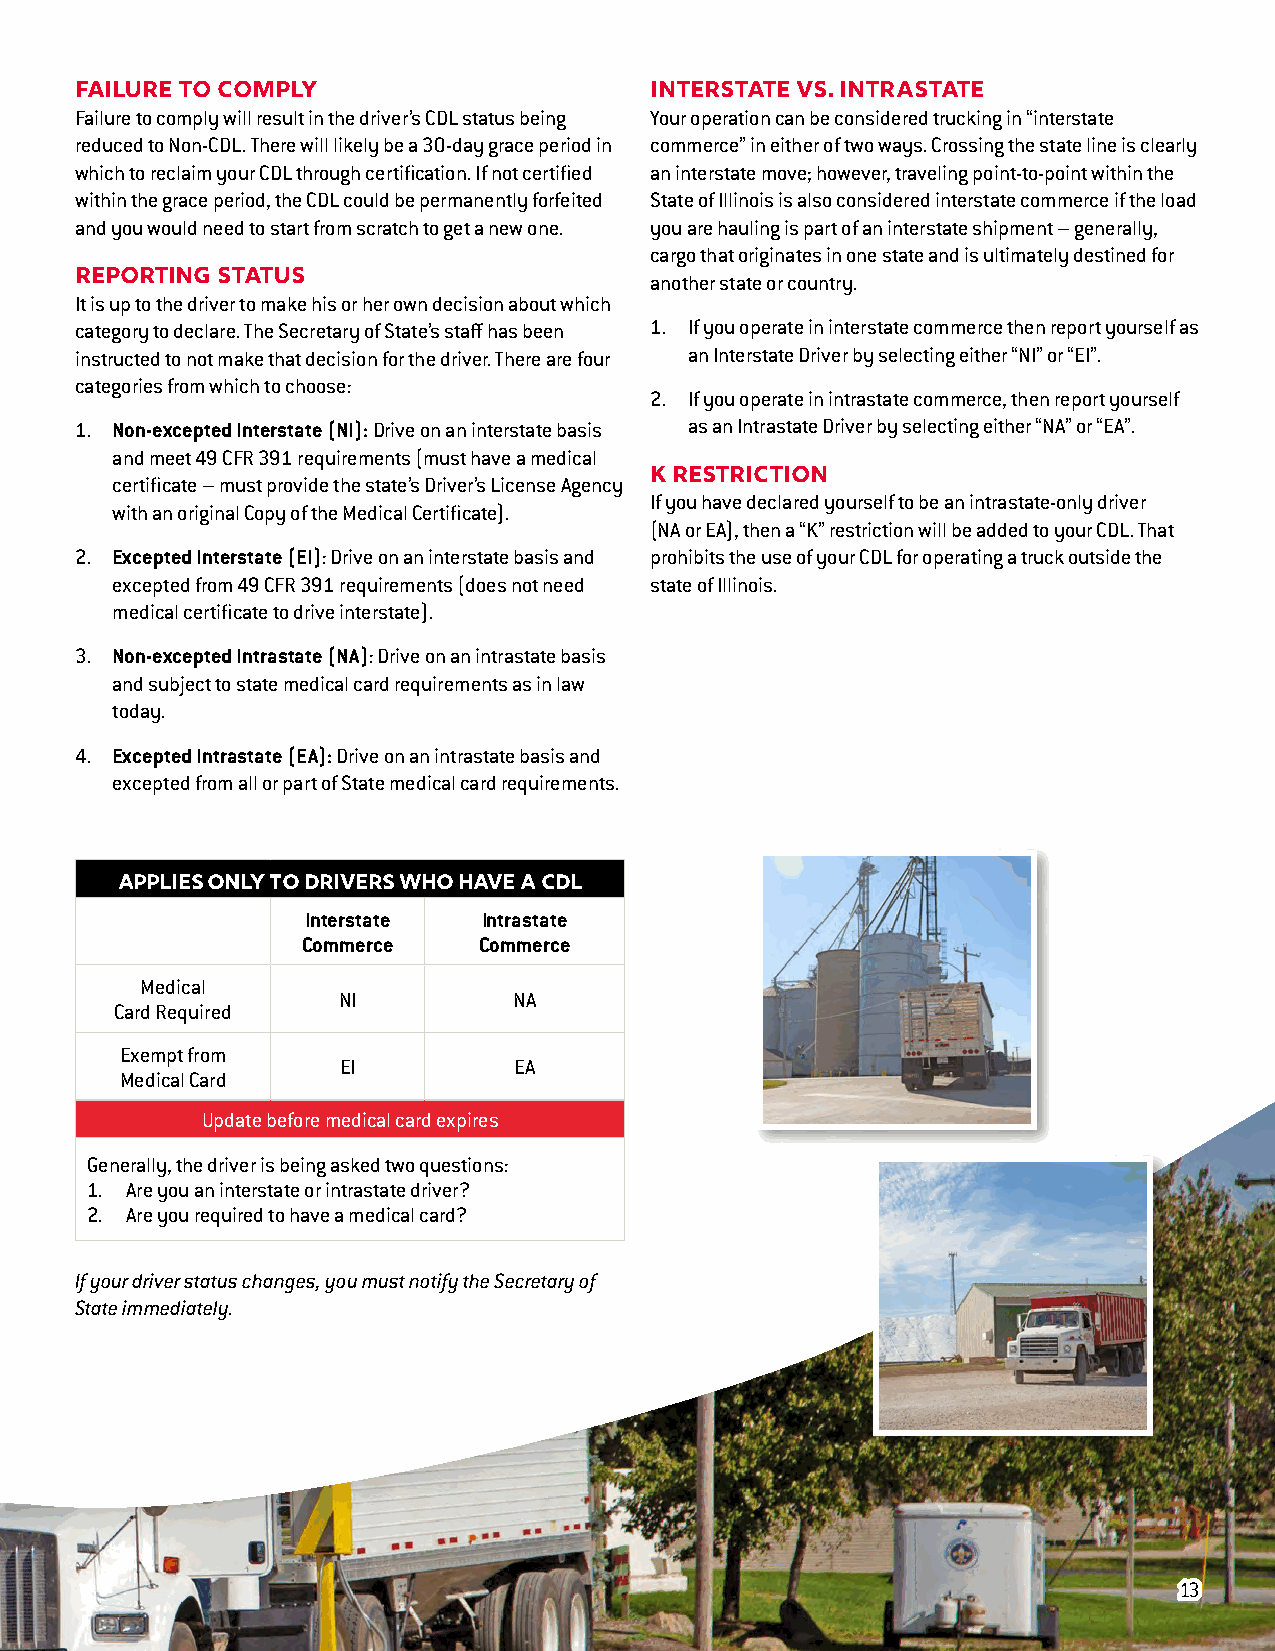
Failure to Comply                     Interstate vs. Intrastate
 Failure to comply will result in the driver’s CDL status being Your operation can be considered trucking in “interstate
 reduced to Non-CDL. There will likely be a 30-day grace period in commerce” in either of two ways. Crossing the state line is clearly
 which to reclaim your CDL through certification. If not certified an interstate move; however, traveling point-to-point within the
 within the grace period, the CDL could be permanently forfeited State of Illinois is also considered interstate commerce if the load
 and you would need to start from scratch to get a new one. you are hauling is part of an interstate shipment – generally,
 cargo that originates in one state and is ultimately destined for
 Reporting Status                      another state or country.
 It is up to the driver to make his or her own decision about which
 category to declare. The Secretary of State’s staff has been 1. If you operate in interstate commerce then report yourself as
 instructed to not make that decision for the driver. There are four an Interstate Driver by selecting either “NI” or “EI”.
 categories from which to choose:
 2. If you operate in intrastate commerce, then report yourself
 1. Non-excepted Interstate (NI): Drive on an interstate basis as an Intrastate Driver by selecting either “NA” or “EA”.
 and meet 49 CFR 391 requirements (must have a medical
 certificate – must provide the state’s Driver’s License Agency K Restriction
 If you have declared yourself to be an intrastate-only driver
 with an original Copy of the Medical Certificate).
 (NA or EA), then a “K” restriction will be added to your CDL. That
 2. Excepted Interstate (EI): Drive on an interstate basis and prohibits the use of your CDL for operating a truck outside the
 excepted from 49 CFR 391 requirements (does not need state of Illinois.
 medical certificate to drive interstate).
 3. Non-excepted Intrastate (NA): Drive on an intrastate basis
 and subject to state medical card requirements as in law
 today.
 4. Excepted Intrastate (EA): Drive on an intrastate basis and
 excepted from all or part of State medical card requirements.
 APPLIES ONLY TO DRIVERS WHO HAVE A CDL
 Interstate  Intrastate
 Commerce    Commerce
 Medical
 NI          NA
 Card Required
 Exempt from
 EI          EA
 Medical Card
 Update before medical card expires
 Generally, the driver is being asked two questions:
 1. Are you an interstate or intrastate driver?
 2. Are you required to have a medical card?
 If your driver status changes, you must notify the Secretary of
 State immediately.
 1133